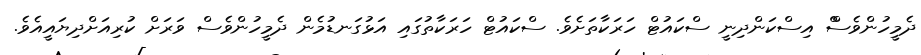
ދެމީހުންވެސްް އިސްކަންދިނީ ސްކައުޓް ހަރަކާތަށެވެ. ސްކައުޓް ހަރަކާތުގައި އަޅުގަނޑުމެން ދެމީހުންވެސް ވަރަށް ކުރިއަށްދިޔައީއެވެ.